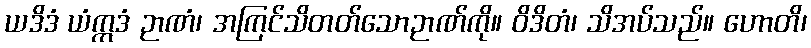
ယဒိဒံ ယံဣဒံ ဉာဏံ၊ အကြင်သိတတ်သောဉာဏ်ကို။ ဝိဒိတံ၊ သိအပ်သည်။ ဟောတိ၊